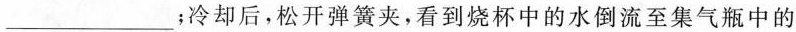
___；冷却后，松开弹簧夹，看到烧杯中的水倒流至集气瓶中的